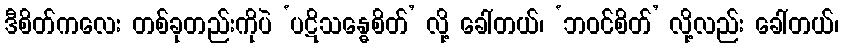
ဒီစိတ်ကလေး တစ်ခုတည်းကိုပဲ ‘ပဋိသန္ဓေစိတ်’ လို့ ခေါ်တယ်၊ ‘ဘဝင်စိတ်’ လို့လည်း ခေါ်တယ်၊